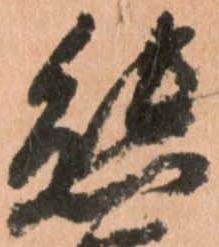
熊